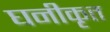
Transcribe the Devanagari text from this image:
घनीकृत